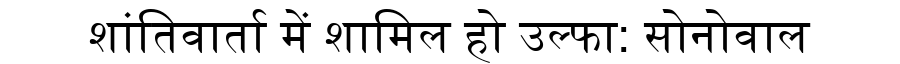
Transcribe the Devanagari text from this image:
शांतिवार्ता में शामिल हो उल्फा: सोनोवाल